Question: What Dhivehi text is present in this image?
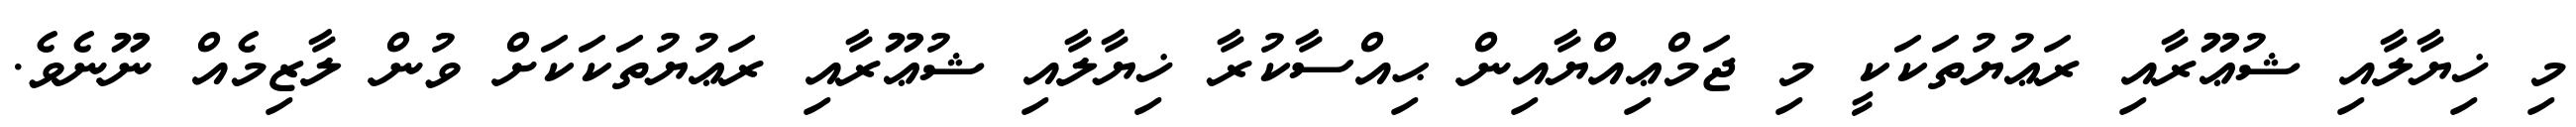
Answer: މި ޚިޔާލާއި ޝުޢޫރާއި ރަޢުޔުތަކަކީ މި ޖަމްޢިއްޔާއިން ޙިއްސާކުރާ ޚިޔާލާއި ޝުޢޫރާއި ރަޢުޔުތަކަކަށް ވުން ލާޒިމެއް ނޫނެވެ.